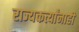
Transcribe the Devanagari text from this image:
राज्यकर्त्यांनाही